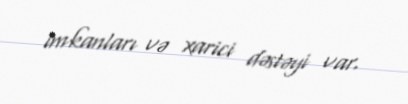
imkanları və xarici dəstəyi var.